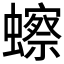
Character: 𫟗